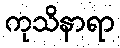
ကုသိနာရာ